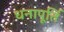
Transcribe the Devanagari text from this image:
धनापूर्ति